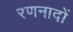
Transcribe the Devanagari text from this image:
रणनादों